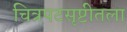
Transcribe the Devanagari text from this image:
चित्रपटसृष्टीतला